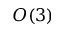
O ( 3 )